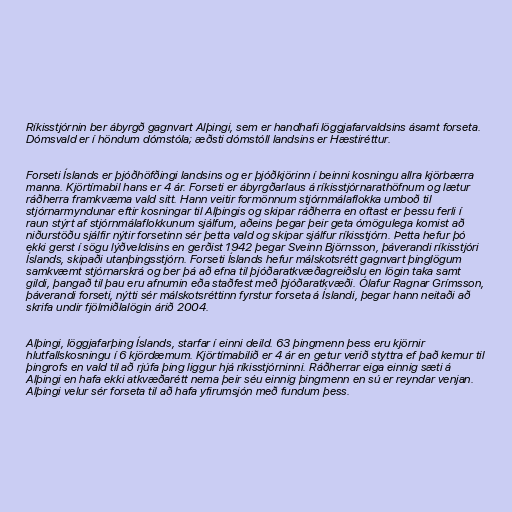
Ríkisstjórnin ber ábyrgð gagnvart Alþingi, sem er handhafi löggjafarvaldsins ásamt forseta.
Dómsvald er í höndum dómstóla; æðsti dómstóll landsins er Hæstiréttur.

Forseti Íslands er þjóðhöfðingi landsins og er þjóðkjörinn í beinni kosningu allra kjörbærra
manna. Kjörtímabil hans er 4 ár. Forseti er ábyrgðarlaus á ríkisstjórnarathöfnum og lætur
ráðherra framkvæma vald sitt. Hann veitir formönnum stjórnmálaflokka umboð til
stjórnarmyndunar eftir kosningar til Alþingis og skipar ráðherra en oftast er þessu ferli í
raun stýrt af stjórnmálaflokkunum sjálfum, aðeins þegar þeir geta ómögulega komist að
niðurstöðu sjálfir nýtir forsetinn sér þetta vald og skipar sjálfur ríkisstjórn. Þetta hefur þó
ekki gerst í sögu lýðveldisins en gerðist 1942 þegar Sveinn Björnsson, þáverandi ríkisstjóri
Íslands, skipaði utanþingsstjórn. Forseti Íslands hefur málskotsrétt gagnvart þinglögum
samkvæmt stjórnarskrá og ber þá að efna til þjóðaratkvæðagreiðslu en lögin taka samt
gildi, þangað til þau eru afnumin eða staðfest með þjóðaratkvæði. Ólafur Ragnar Grímsson,
þáverandi forseti, nýtti sér málskotsréttinn fyrstur forseta á Íslandi, þegar hann neitaði að
skrifa undir fjölmiðlalögin árið 2004.

Alþingi, löggjafarþing Íslands, starfar í einni deild. 63 þingmenn þess eru kjörnir
hlutfallskosningu í 6 kjördæmum. Kjörtímabilið er 4 ár en getur verið styttra ef það kemur til
þingrofs en vald til að rjúfa þing liggur hjá ríkisstjórninni. Ráðherrar eiga einnig sæti á
Alþingi en hafa ekki atkvæðarétt nema þeir séu einnig þingmenn en sú er reyndar venjan.
Alþingi velur sér forseta til að hafa yfirumsjón með fundum þess.